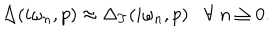
\Delta ( i \omega _ { n } , p ) \approx \Delta _ { T } ( i \omega _ { n } , p ) \forall \; n \geq 0 .